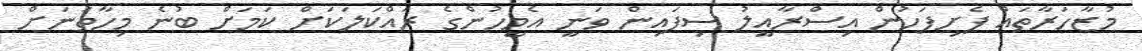
މުޒާހަރާތައް ފެށިފަހުން އިސްރާއީލު ސިފައިން ވަނީ އެމީހުންގެ ރައްކަލަކަށް ކަމަށް ބުނެ މިހާތަނަށް